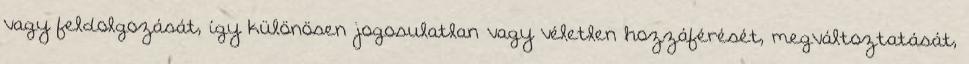
vagy feldolgozását, így különösen jogosulatlan vagy véletlen hozzáférését, megváltoztatását,